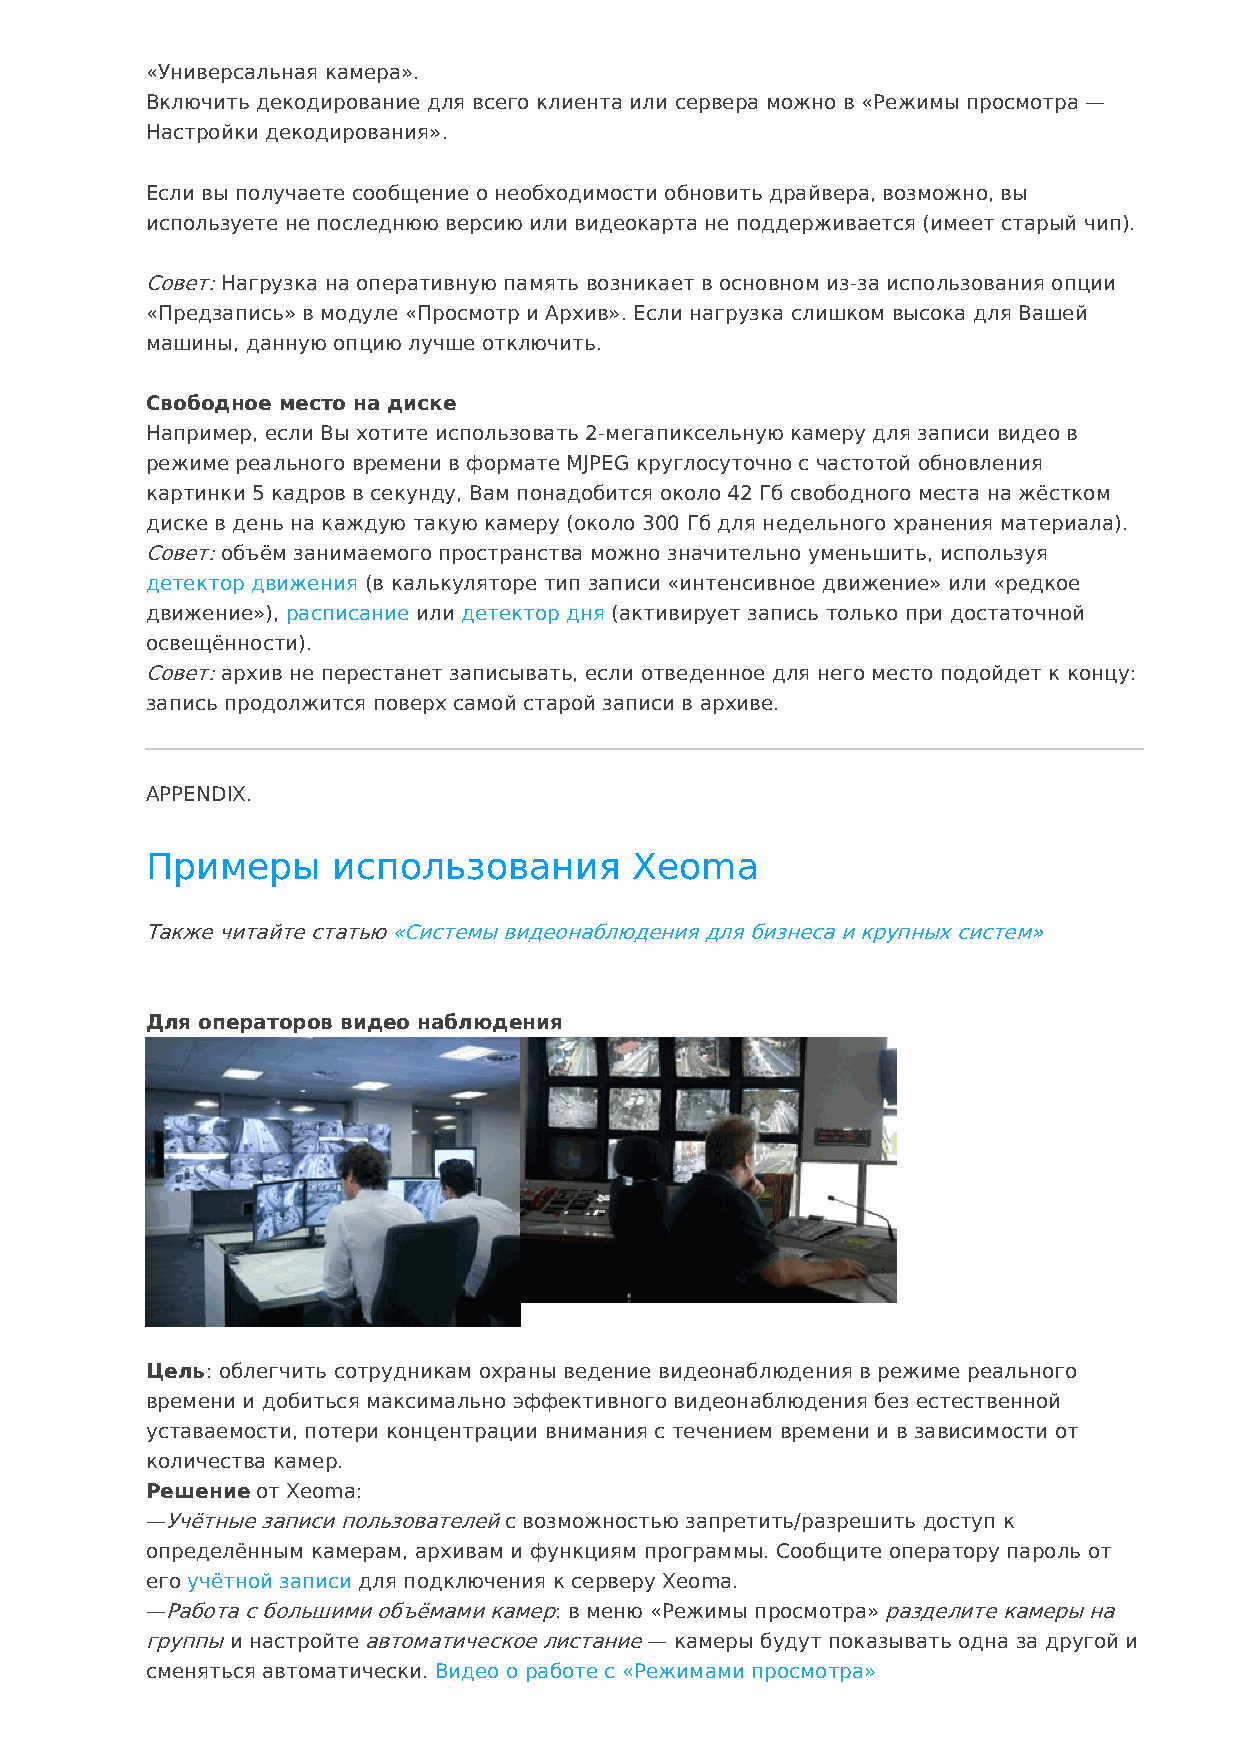
«Универсальная камера».
 Включить декодирование для всего клиента или сервера можно в «Режимы просмотра —
 Настройки декодирования».
 Если вы получаете сообщение о необходимости обновить драйвера, возможно, вы
 используете не последнюю версию или видеокарта не поддерживается (имеет старый чип).
 Совет: Нагрузка на оперативную память возникает в основном из-за использования опции
 «Предзапись» в модуле «Просмотр и Архив». Если нагрузка слишком высока для Вашей
 машины, данную опцию лучше отключить.
 Свободное место на диске
 Например, если Вы хотите использовать 2-мегапиксельную камеру для записи видео в
 режиме реального времени в формате MJPEG круглосуточно с частотой обновления
 картинки 5 кадров в секунду, Вам понадобится около 42 Гб свободного места на жёстком
 диске в день на каждую такую камеру (около 300 Гб для недельного хранения материала).
 Совет: объём занимаемого пространства можно значительно уменьшить, используя
 детектор движения (в калькуляторе тип записи «интенсивное движение» или «редкое
 движение»), расписание или детектор дня (активирует запись только при достаточной
 освещённости).
 Совет: архив не перестанет записывать, если отведенное для него место подойдет к концу:
 запись продолжится поверх самой старой записи в архиве.
 APPENDIX.
 Примеры     использования       Xeoma
 Также читайте статью «Системы видеонаблюдения для бизнеса и крупных систем»
 Для операторов видео наблюдения
 Цель: облегчить сотрудникам охраны ведение видеонаблюдения в режиме реального
 времени и добиться максимально эффективного видеонаблюдения без естественной
 уставаемости, потери концентрации внимания с течением времени и в зависимости от
 количества камер.
 Решение от Xeoma:
 —Учётные записи пользователей с возможностью запретить/разрешить доступ к
 определённым камерам, архивам и функциям программы. Сообщите оператору пароль от
 его учётной записи для подключения к серверу Xeoma.
 —Работа с большими объёмами камер: в меню «Режимы просмотра» разделите камеры на
 группы и настройте автоматическое листание — камеры будут показывать одна за другой и
 сменяться автоматически. Видео о работе с «Режимами просмотра»